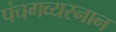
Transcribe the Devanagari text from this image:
पंचगव्यस्नान